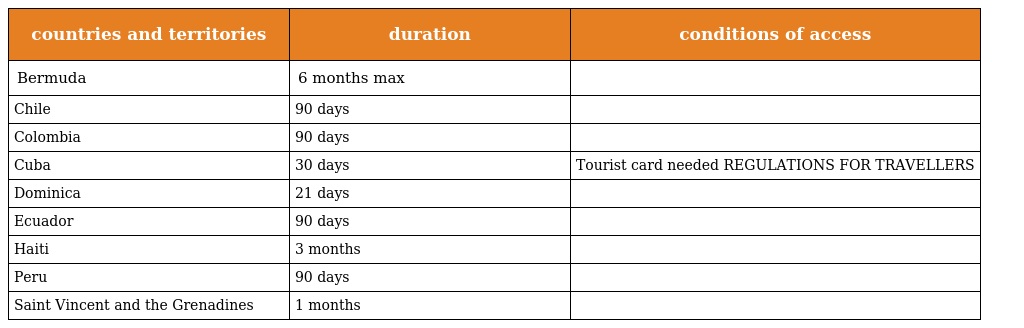
| countries and territories | duration | conditions of access |
 | --- | --- | --- |
 | Bermuda | 6 months max |  |
 | Chile | 90 days |  |
 | Colombia | 90 days |  |
 | Cuba | 30 days | Tourist card needed REGULATIONS FOR TRAVELLERS |
 | Dominica | 21 days |  |
 | Ecuador | 90 days |  |
 | Haiti | 3 months |  |
 | Peru | 90 days |  |
 | Saint Vincent and the Grenadines | 1 months |  |